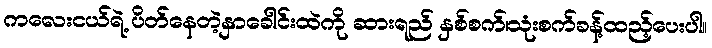
ကလေးငယ်ရဲ့ ပိတ်နေတဲ့နှာခေါင်းထဲကို ဆားရည် နှစ်စက်၊သုံးစက်ခန့်ထည့်ပေးပါ။